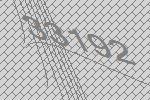
33192